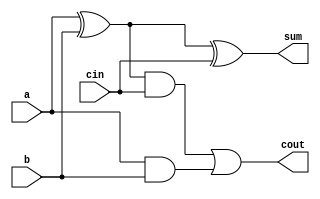
`timescale 1ns / 1ps
//////////////////////////////////////////////////////////////////////////////////
// Company:
// Engineer:
//
// Design Name:
// Module Name: adder
// Project Name:
// Target Devices:
// Tool Versions:
// Description:
//
// Dependencies:
//
// Revision:
// Revision 0.01 - File Created
// Additional Comments:
//
//////////////////////////////////////////////////////////////////////////////////


module adder(
  input a, b, cin,
  output sum, cout
);
  assign sum = a ^ b ^ cin;
  assign cout = (a ^ b) & cin | a & b;
endmodule